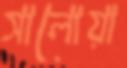
সালোয়া